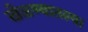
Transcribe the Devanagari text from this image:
खेळण्यातल्या